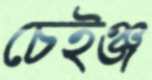
চেইঞ্জ